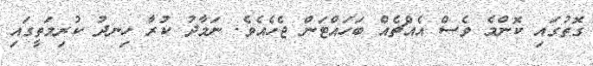
ގޮތުގައި ކޮންމެ ވެސް އެއްޗެއް ބަހައްޓަން ޖެހެއެވެ. ނަމާދު ކުރާ ހިނދު ކުރިމަތީގައި